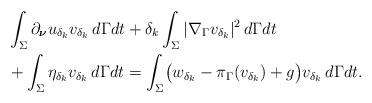
LaTeX: \begin{align*}&\int_\Sigma \partial_{\boldsymbol{\nu}} u_{\delta_k} v_{\delta_k} \,d\Gamma dt +{\delta_k} \int_\Sigma |\nabla_\Gamma v_{\delta_k} |^2 \,d\Gamma dt \\&{}+ \int_\Sigma \eta_{\delta_k} v_{\delta_k} \,d\Gamma dt =\int_\Sigma \bigl( w_{\delta_k} -\pi_\Gamma(v_{\delta_k} )+g \bigr) v_{\delta_k} \,d\Gamma dt. \end{align*}